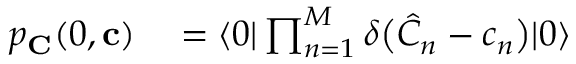
\begin{array} { r l } { p _ { \mathbf { C } } ( 0 , \mathbf { c } ) } & { { } = \langle 0 | \prod _ { n = 1 } ^ { M } \delta \bigl ( \hat { C } _ { n } - c _ { n } \bigr ) | 0 \rangle } \end{array}